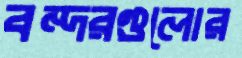
বন্দরগুলোর